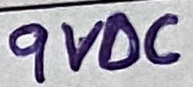
Text: 9VDC